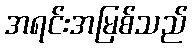
အရင်းအမြစ်သည်